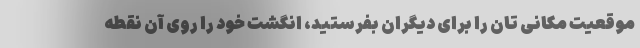
موقعیت مکانی تان را برای دیگران بفرستید، انگشت خود را روی آن نقطه